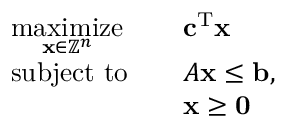
{ \begin{array} { r l r l } & { { \underset { \mathbf { x } \in \mathbb { Z } ^ { n } } { \mathrm { m a x i m i z e } } } } & & { \mathbf { c } ^ { \mathrm { T } } \mathbf { x } } \\ & { { \mathrm { s u b j e c t ~ t o } } } & & { A \mathbf { x } \leq \mathbf { b } , } \\ & { } & & { \mathbf { x } \geq \mathbf { 0 } } \end{array} }